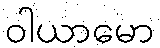
ဝါယာမော